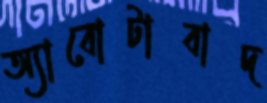
অ্যাবোটাবাদ